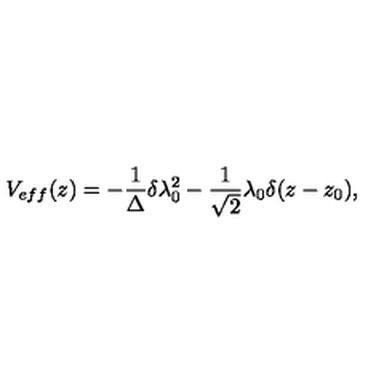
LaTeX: V _ { e f f } ( z ) = - \frac { 1 } { \Delta } \delta \lambda _ { 0 } ^ { 2 } - \frac { 1 } { \sqrt { 2 } } \lambda _ { 0 } \delta ( z - z _ { 0 } ) ,